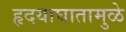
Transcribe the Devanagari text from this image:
हृदयाघातामुळे